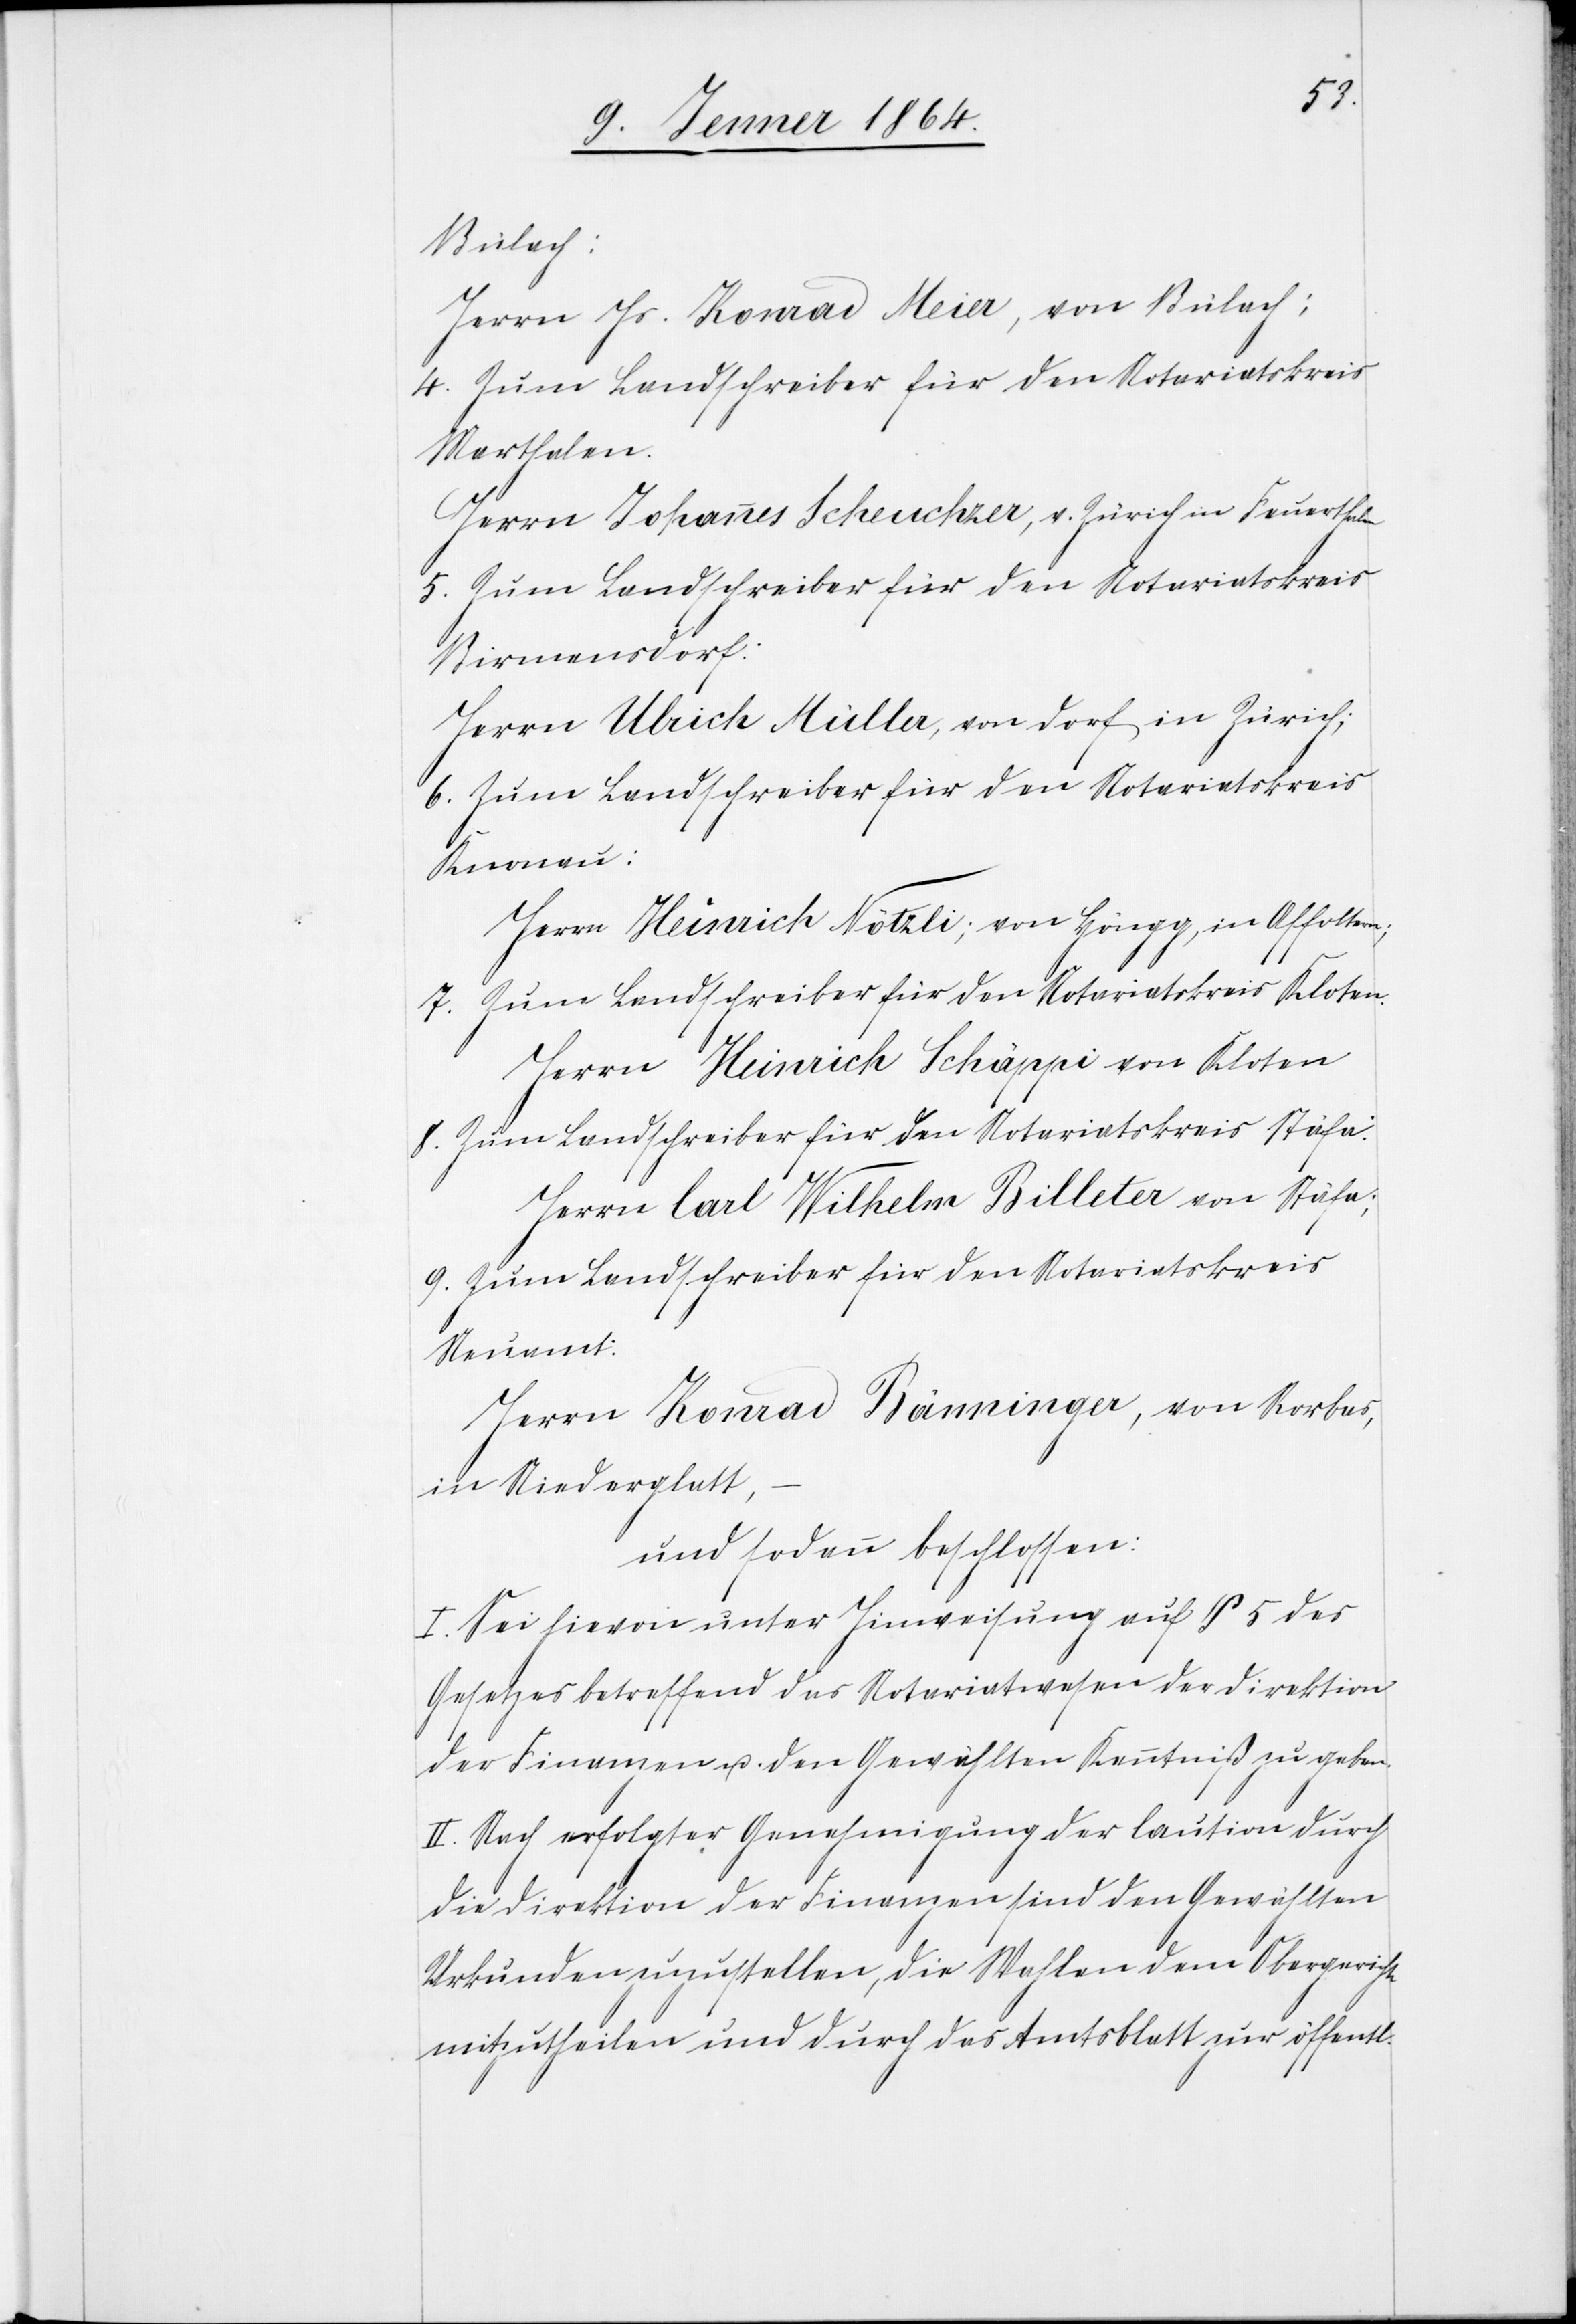
Bülach:
Herrn Js. Konrad Meier, von Bülach;
Marthalen.
Herrn Johannes Scheuchzer, v. Zürich in Feuerthalen
Zum Landschreiber für den Notariatskreis
Birmensdorf:
Herrn Ulrich Müller, von Dorf in Zürich;
Knonau:
Herrn Heinrich Nötzli; von Höngg, in Affoltern;
Herrn Heinrich Schäppi von Kloten
Zum Landschreiber für den Notariatskreis Stäfa:
Herrn Carl Wilhelm Billeter von Stäfa;
Neuamt:
Herrn Konrad Bänninger, von Rorbas,
in Niederglatt,
und sodann beschlossen:
I. Sei hievon unter Hinweisung auf § 5 des
Gesetzes betreffend das Notariatswesen der Direktion
der Finanzen u. den Gewählten Kenntniß zu geben.
II. Nach erfolgter Genehmigung der Caution durch
die Direktion der Finanzen sind den Gewählten
Urkunden zuzustellen, die Wahlen dem Obergericht
mitzutheilen und durch das Amtsblatt zur öffentl.